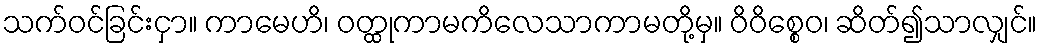
သက်ဝင်ခြင်းငှာ။ ကာမေဟိ၊ ဝတ္ထုကာမကိလေသာကာမတို့မှ။ ဝိဝိစ္စေဝ၊ ဆိတ်၍သာလျှင်။